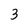
Character: 3